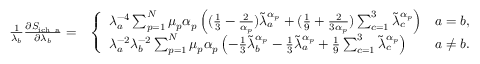
\begin{array} { r l } { \frac { 1 } { \lambda _ { b } } \frac { \partial S _ { \mathrm { i c h ~ a } } } { \partial \lambda _ { b } } = } & { \left\{ \begin{array} { l l } { \lambda _ { a } ^ { - 4 } \sum _ { p = 1 } ^ { N } \mu _ { p } \alpha _ { p } \left( ( \frac { 1 } { 3 } - \frac { 2 } { \alpha _ { p } } ) \tilde { \lambda } _ { a } ^ { \alpha _ { p } } + ( \frac { 1 } { 9 } + \frac { 2 } { 3 \alpha _ { p } } ) \sum _ { c = 1 } ^ { 3 } \tilde { \lambda } _ { c } ^ { \alpha _ { p } } \right) } & { a = b , } \\ { \lambda _ { a } ^ { - 2 } \lambda _ { b } ^ { - 2 } \sum _ { p = 1 } ^ { N } \mu _ { p } \alpha _ { p } \left( - \frac { 1 } { 3 } \tilde { \lambda } _ { b } ^ { \alpha _ { p } } - \frac { 1 } { 3 } \tilde { \lambda } _ { a } ^ { \alpha _ { p } } + \frac { 1 } { 9 } \sum _ { c = 1 } ^ { 3 } \tilde { \lambda } _ { c } ^ { \alpha _ { p } } \right) } & { a \neq b . } \end{array} \right. } \end{array}